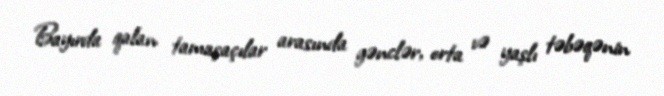
Bayırda qalan tamaşaçılar arasında gənclər, orta və yaşlı təbəqənin